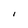
Character: I